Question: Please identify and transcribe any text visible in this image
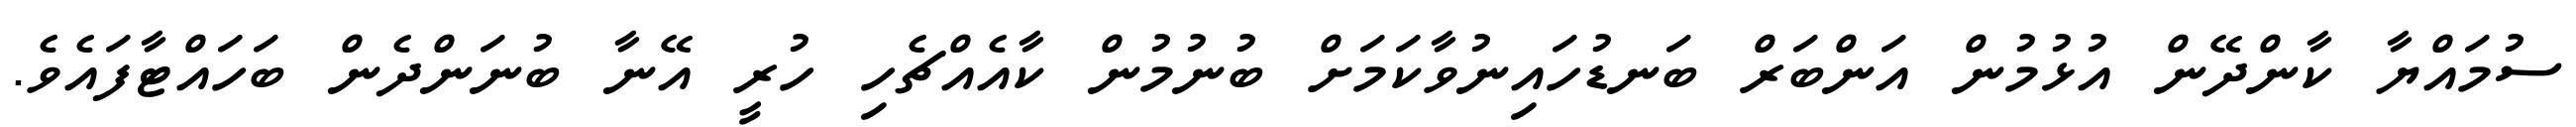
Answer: ސުމައްޔާ ކާންދޭން އުޅުމުން އަންބަރް ބަނޑުހައިނުވާކަމަށް ބުނުމުން ކާއެއްޗެހި ހުރީ އޭނާ ބުނަންދެން ބަހައްޓާފައެވެ.